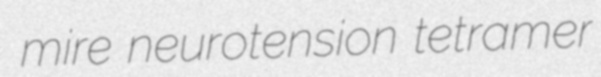
mire neurotension tetramer